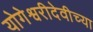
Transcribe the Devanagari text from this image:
योगेश्वरीदेवीच्या